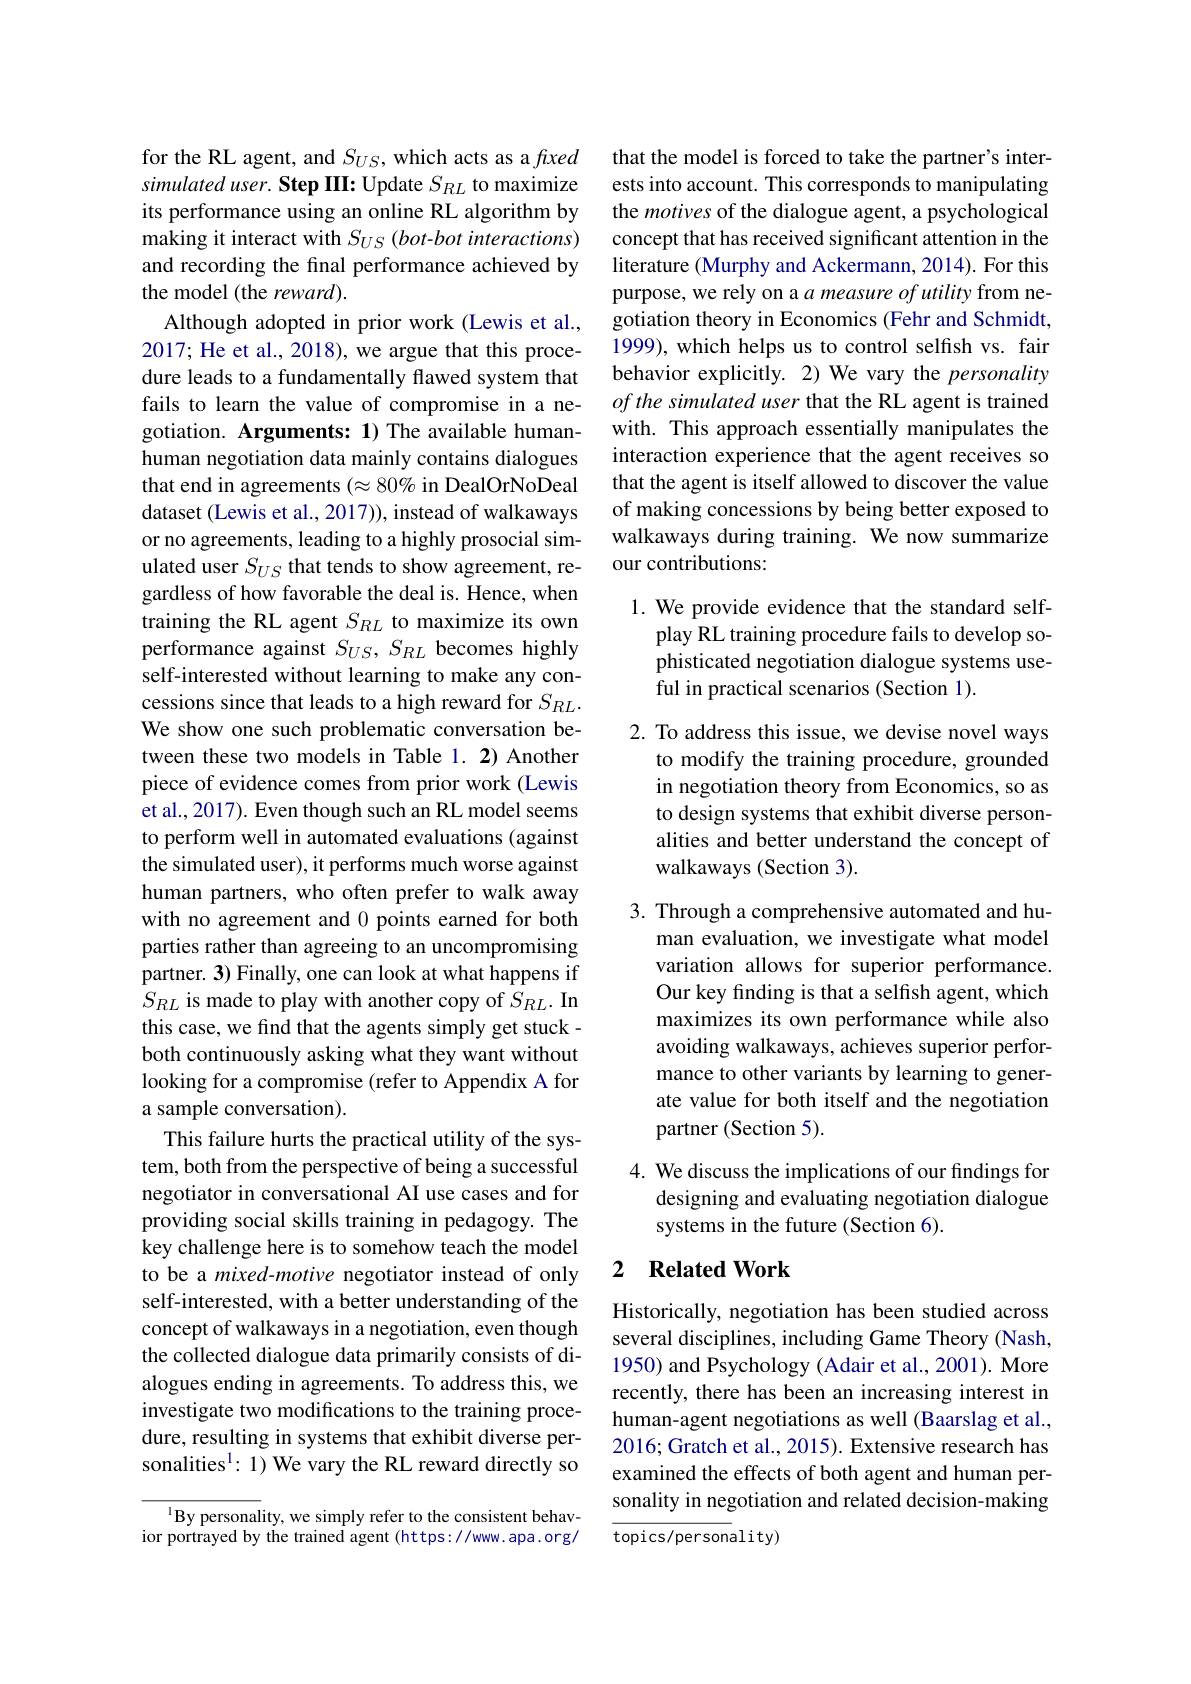
for the RL agent, and $S_{US}$, which acts as a fuxed simulated user. Step III: Update $S_RL$ to maximize its performance using an online RL algorithm by making it interact with $S_{US}$ (bot-bot interactions) and recording the final performance achieved by the model (the reward).
Although adopted in prior work (Lewis et al., 2017; He et al., 2018), we argue that this procedure leads to a fundamentally flawed system that fails to learn the value of compromise in a negotiation. Arguments: 1) The available humanhuman negotiation data mainly contains dialogues that end in agreements $(\approx80\%$ in DealOrNoDeal dataset (Lewis et al., 2017)), instead of walkaways or no agreements, leading to a highly prosocial simulated user $S_{US}$ that tends to show agreement, regardless of how favorable the deal is. Hence, when training the RL agent $S_{RL}$ to maximize its own performance against $S_{US},S_{RL}$ becomes highly self-interested without learning to make any concessions since that leads to a high reward for $S_{RL}.$ We show one such problematic conversation between these two models in Table 1.2) Another piece of evidence comes from prior work (Lewis et al., 2017). Even though such an RL model seems to perform well in automated evaluations (against the simulated user), it performs much worse against human partners, who often prefer to walk away with no agreement and 0 points earned for both parties rather than agreeing to an uncompromising partner. 3) Finally, one can look at what happens if $S_{RL}$ is made to play with another copy of $S_{RL}.$ In this case, we find that the agents simply get stuckboth continuously asking what they want without looking for a compromise (refer to Appendix A for a sample conversation).
This failure hurts the practical utility of the system, both from the perspective of being a successful negotiator in conversational AI use cases and for providing social skills training in pedagogy. The key challenge here is to somehow teach the model to be a mixed-motive negotiator instead of only self-interested, with a better understanding of the concept of walkaways in a negotiation, even though the collected dialogue data primarily consists of dialogues ending in agreements. To address this, we investigate two modifications to the training procedure, resulting in systems that exhibit diverse personalities$^1:1)$ We vary the RL reward directly so
$^{1}$By personality, we simply refer to the consistent behav-

ior portrayed by the trained agent (https://www.apa.org/

that the model is forced to take the partner's interests into account. This corresponds to manipulating the motives of the dialogue agent, a psychological concept that has received significant attention in the literature (Murphy and Ackermann, 2014). For this purpose, we rely on a $a\textit{measure of utility from ne- }$ gotiation theory in Economics (Fehr and Schmidt, 1999), which helps us to control selfish vs. fair behavior explicitly. 2) We vary the personality of the simulated user that the RL agent is trained with. This approach essentially manipulates the interaction experience that the agent receives so that the agent is itself allowed to discover the value of making concessions by being better exposed to walkaways during training. We now summarize our contributions:

1. We provide evidence that the standard self-
play RL training procedure fails to develop sophisticated negotiation dialogue systems useful in practical scenarios (Section 1).

2. To address this issue, we devise novel ways
to modify the training procedure, grounded in negotiation theory from Economics, so as to design systems that exhibit diverse personalities and better understand the concept of walkaways (Section 3).

3. Through a comprehensive automated and hu-
man evaluation, we investigate what model variation allows for superior performance. Our key finding is that a selfish agent, which maximizes its own performance while also avoiding walkaways, achieves superior performance to other variants by learning to generate value for both itself and the negotiation partner (Section 5).

4. We discuss the implications of our findings for
designing and evaluating negotiation dialogue
systems in the future (Section 6).

### 2 $\textbf{Related Work}$

Historically, negotiation has been studied across several disciplines, including Game Theory (Nash, 1950) and Psychology (Adair et al., 2001). More recently, there has been an increasing interest in human-agent negotiations as well (Baarslag et al., 2016; Gratch et al., 2015). Extensive research has examined the effects of both agent and human personality in negotiation and related decision-making

${\overline{{\text{topics/personality}}}}$